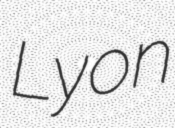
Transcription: Lyon